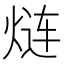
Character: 𮳬